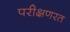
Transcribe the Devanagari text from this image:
परीक्षणरत